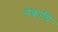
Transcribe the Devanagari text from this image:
येकाचि